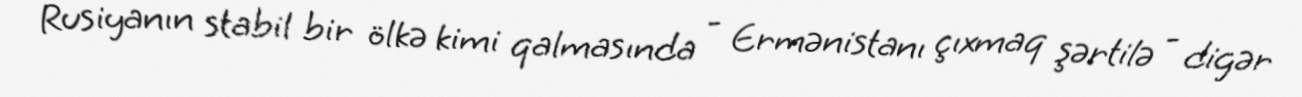
Rusiyanın stabil bir ölkə kimi qalmasında - Ermənistanı çıxmaq şərtilə - digər